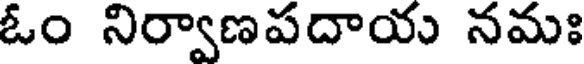
ఓం నిర్వాణపదాయు నమః